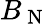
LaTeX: B_{\mathrm{~N~}}